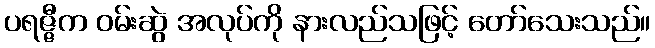
ပရဇ္ဇီက ဝမ်းဆွဲ အလုပ်ကို နားလည်သဖြင့် တော်သေးသည်။